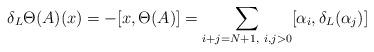
LaTeX: \begin{align*}\delta_L\Theta(A)(x)=-[x,\Theta(A)]=\sum_{i+j=N+1,~i,j>0}[\alpha_i,\delta_L(\alpha_j)]\end{align*}